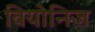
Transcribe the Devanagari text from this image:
वियोनिज